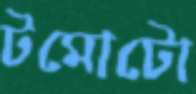
টমোটো